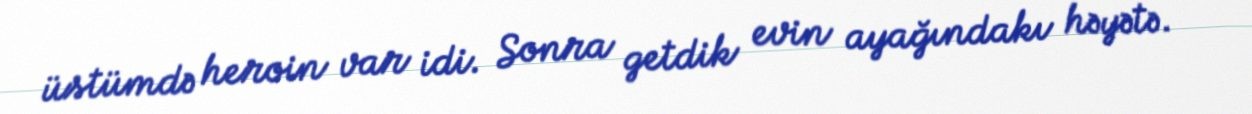
üstümdə heroin var idi. Sonra getdik evin ayağındakı həyətə.